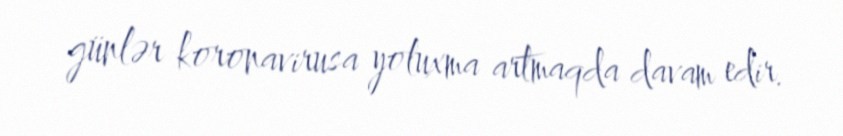
günlər koronavirusa yoluxma artmaqda davam edir.